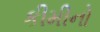
કીમીનો